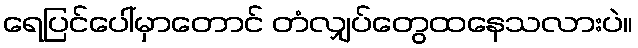
ရေပြင်ပေါ်မှာတောင် တံလျှပ်တွေထနေသလားပဲ။